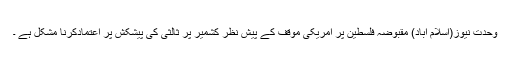
وحدت نیوز(اسلام آباد) مقبوضہ فلسطین پر امریکی موقف کے پیش نظر کشمیر پر ثالثی کی پیشکش پر اعتمادکرنا مشکل ہے ۔